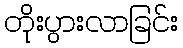
တိုးပွားလာခြင်း